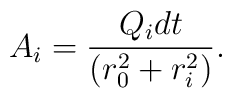
A_{i} = \frac{Q_{i} dt}{(r_{0}^{2} + r_{i}^{2})}.